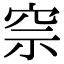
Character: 𥥓